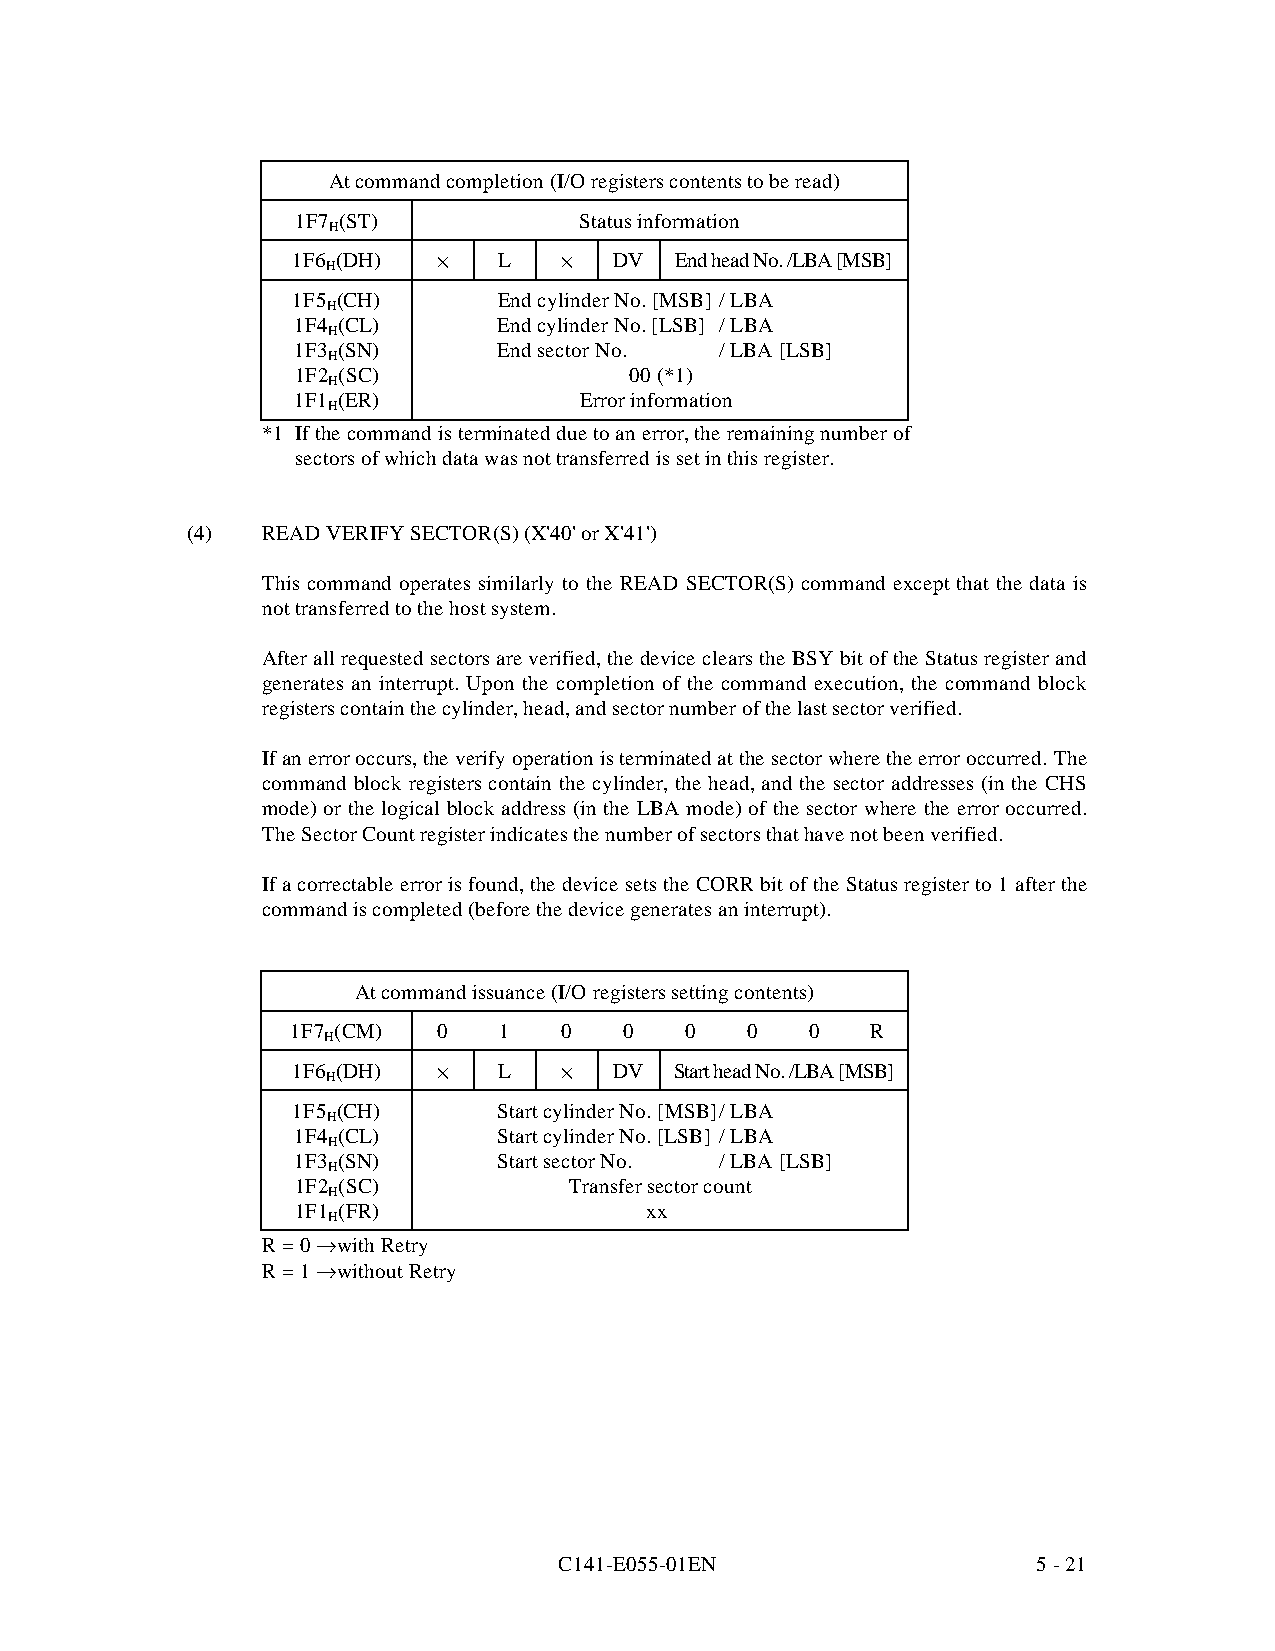
At command completion (I/O registers contents to be read)
 1F7 (ST)          Status information
 H
 1F6 (DH)  ·   L   ·   DV  End head No. /LBA [MSB]
 H
 1F5 (CH)      End cylinder No. [MSB] / LBA
 H
 1F4 (CL)      End cylinder No. [LSB] / LBA
 H
 1F3 (SN)      End sector No. / LBA [LSB]
 H
 1F2 (SC)              00 (*1)
 H
 1F1 (ER)           Error information
 H
 *1 If the command is terminated due to an error, the remaining number of
 sectors of which data was not transferred is set in this register.
 (4)  READ VERIFY SECTOR(S) (X'40' or X'41')
 This command operates similarly to the READ SECTOR(S) command except that the data is
 not transferred to the host system.
 After all requested sectors are verified, the device clears the BSY bit of the Status register and
 generates an interrupt. Upon the completion of the command execution, the command block
 registers contain the cylinder, head, and sector number of the last sector verified.
 If an error occurs, the verify operation is terminated at the sector where the error occurred. The
 command block registers contain the cylinder, the head, and the sector addresses (in the CHS
 mode) or the logical block address (in the LBA mode) of the sector where the error occurred.
 The Sector Count register indicates the number of sectors that have not been verified.
 If a correctable error is found, the device sets the CORR bit of the St atus register to 1 after the
 command is completed (before the device generates an interrupt).
 At command issuance (I/O registers setting contents)
 1F7 (CM)  0   1   0   0   0   0    0   R
 H
 1F6 (DH)  ·   L   ·   DV  Start head No. /LBA [MSB]
 H
 1F5 (CH)      Start cylinder No. [MSB] / LBA
 H
 1F4 (CL)      Start cylinder No. [LSB] / LBA
 H
 1F3 (SN)      Start sector No. / LBA [LSB]
 H
 1F2 (SC)           Transfer sector count
 H
 1F1 (FR)               xx
 H
 R = 0 fi with Retry
 R = 1 fi without Retry
 C141-E055-01EN                  5 - 21